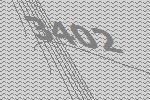
3402